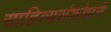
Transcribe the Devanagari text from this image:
साहित्यसंशोधने